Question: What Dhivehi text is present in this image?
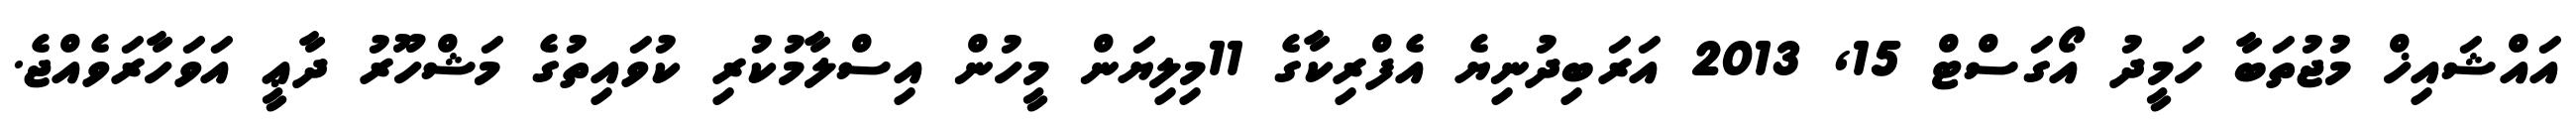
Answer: އައްޝައިޚް މުޖުތަބާ ހަމީދު އޯގަސްޓް 15, 2013 އަރަބިދުނިޔެ އެފްރިކާގެ 11މިލިޔަން މީހުން އިސްލާމުކުރި ކުވައިތުގެ މަޝްހޫރު ދާޢީ އަވަހާރަވެއްޖެ.